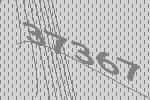
37367